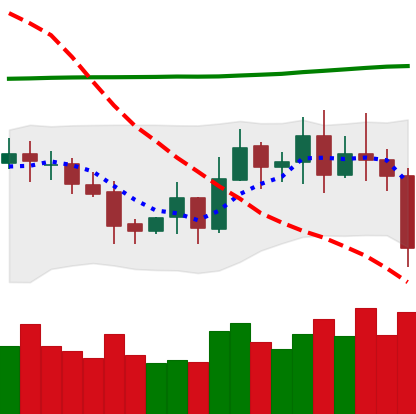
Ticker: EOS-USD
Chart end date: 2020-10-30
Forward return: -6.232%
Label: down_5_7